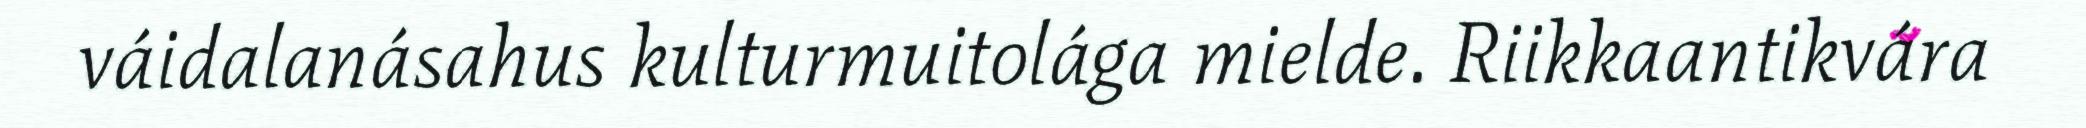
váidalanásahus kulturmuitolága mielde. Riikkaantikvára